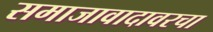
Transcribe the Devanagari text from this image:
समाजावादावरचा